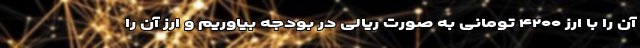
آن را با ارز ۴۲۰۰ تومانی به صورت ریالی در بودجه بیاوریم و ارز آن را